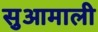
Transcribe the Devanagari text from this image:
सुआमाली